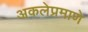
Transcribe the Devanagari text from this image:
अकलेप्रमाणे